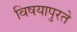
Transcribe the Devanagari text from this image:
विषयापुरते